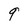
Character: 9